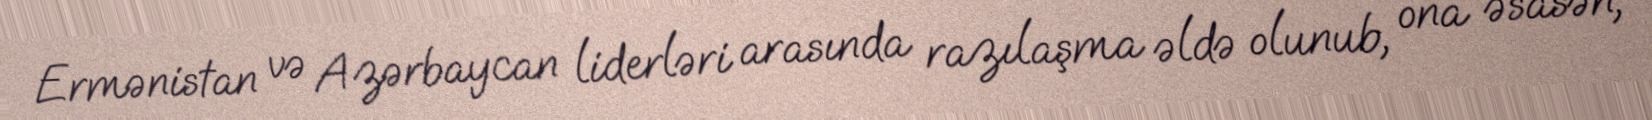
Ermənistan və Azərbaycan liderləri arasında razılaşma əldə olunub, ona əsasən,